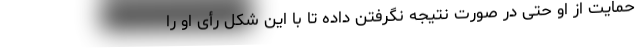
حمایت از او حتی در صورت نتیجه نگرفتن داده تا با این شکل رأی او را